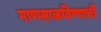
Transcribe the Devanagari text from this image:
माणसाळविण्याची